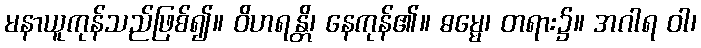
မနာယူကုန်သည်ဖြစ်၍။ ဝိဟရန္တိ၊ နေကုန်၏။ ဓမ္မေ၊ တရား၌။ အဂါရ ဝါ၊